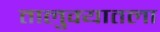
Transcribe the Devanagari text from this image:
तालुक्यातला